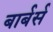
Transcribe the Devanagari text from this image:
बार्बर्स